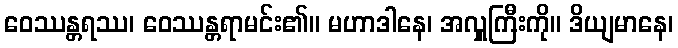
ဝေဿန္တရဿ၊ ဝေဿန္တရာမင်း၏။ မဟာဒါနေ၊ အလှူကြီးကို။ ဒိယျမာနေ၊